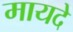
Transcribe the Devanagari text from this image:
मायदे